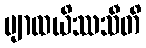
ဗျာထယိဿသီတိ